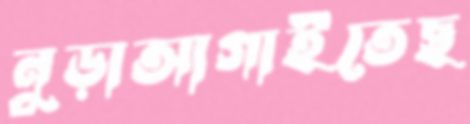
নুড়াআগাইতেছ